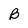
Character: B